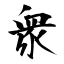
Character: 衆